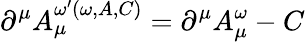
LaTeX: \partial^{\mu}A_{\mu}^{\omega^{\prime}(\omega,A,C)}=\partial^{\mu}A_{\mu}^{\omega}-C